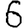
Digit: 6